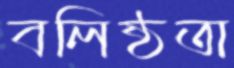
বলিষ্ঠতা